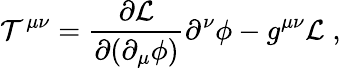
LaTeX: {\cal T}^{\mu\nu}=\frac{\partial{\cal L}}{\partial(\partial_{\mu}\phi)}\partial^{\nu}\phi-g^{\mu\nu}{\cal L}\; ,